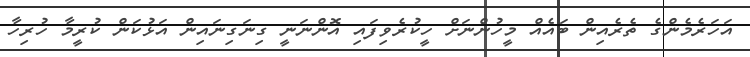
އަހަރެމެންގެ ތެރެއިން ބައެއް މީހުންނަށް ހީކުރެވިފައި އޮންނަނީ ގިނަގިނައިން އަޅުކަން ކުރީމާ ހުރިހާ